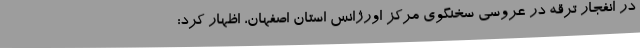
در انفجار ترقه در عروسی سخنگوی مرکز اورژانس استان اصفهان، اظهار کرد: